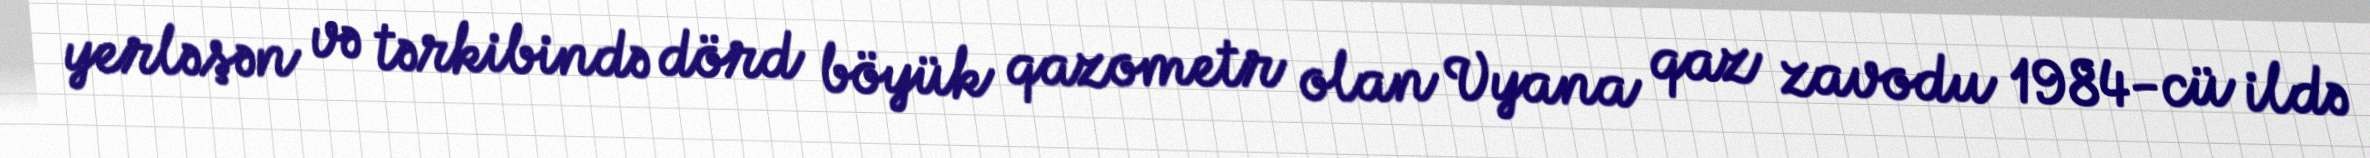
yerləşən və tərkibində dörd böyük qazometr olan Vyana qaz zavodu 1984-cü ildə